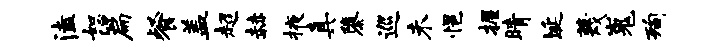
溘恕篇餐盖超赫掖真隳巡未悒握睛埏蔑嵬洵